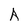
Character: A